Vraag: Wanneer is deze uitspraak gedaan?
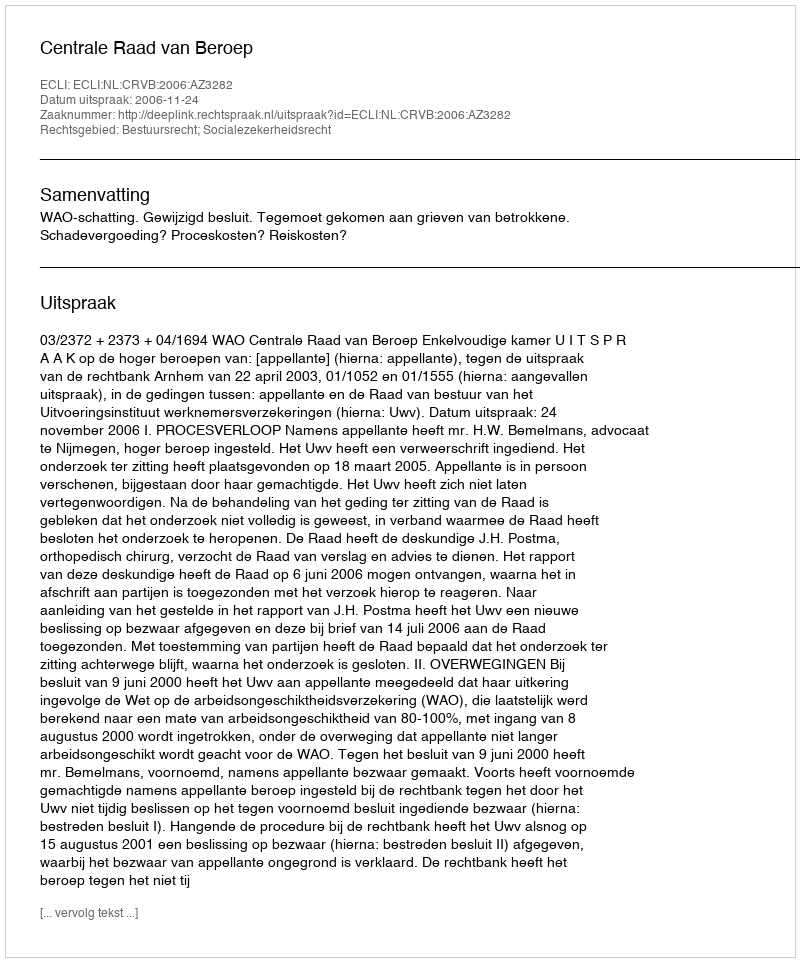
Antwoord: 2006-11-24